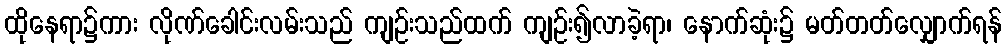
ထိုနေရာ၌ကား လိုဏ်ခေါင်းလမ်းသည် ကျဉ်းသည်ထက် ကျဉ်း၍လာခဲ့ရာ၊ နောက်ဆုံး၌ မတ်တတ်လျှောက်ရန်